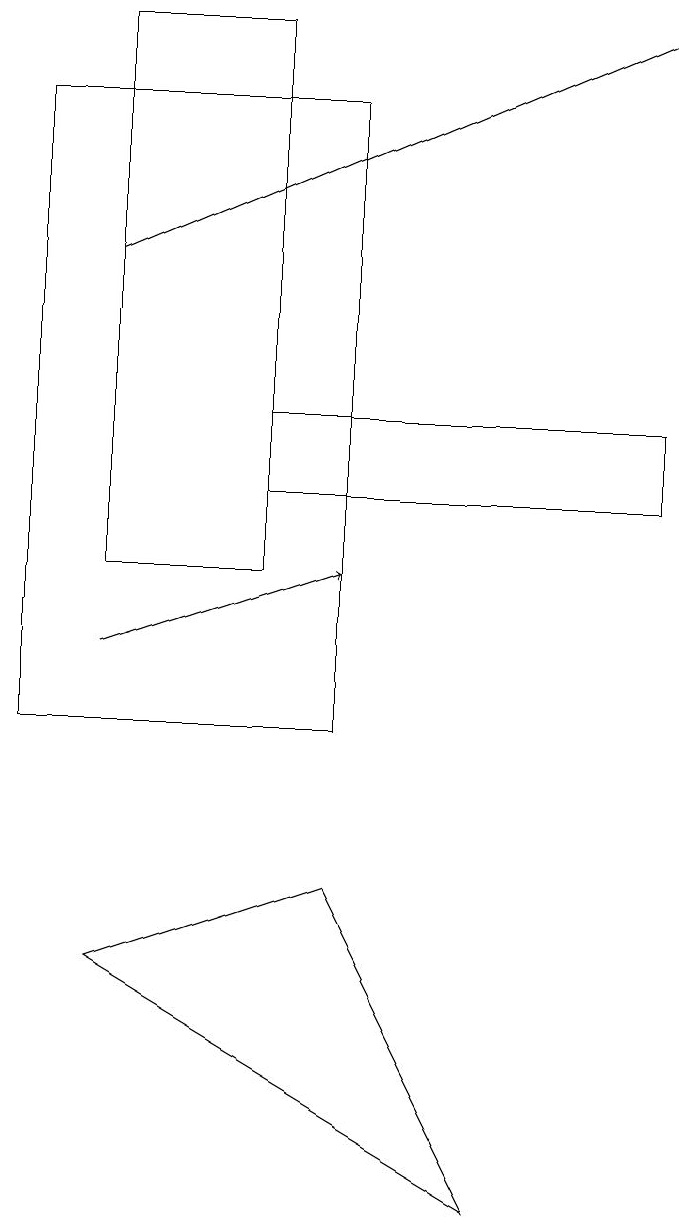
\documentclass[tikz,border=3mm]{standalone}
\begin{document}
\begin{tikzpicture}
\draw (1,7) -- (4,8) -- (6,4) -- cycle;
\draw[->] (1,11) -- (4,12);
\draw (4,10) rectangle (0,18);
\draw (3,14) rectangle (8,13);
\draw[->] (1,16) -- (8,19);
\draw (3,19) rectangle (1,12);
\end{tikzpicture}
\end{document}